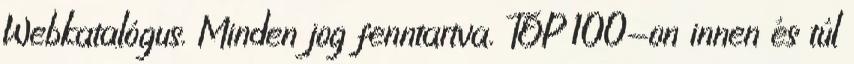
Webkatalógus. Minden jog fenntartva. TOP 100-on innen és túl